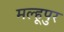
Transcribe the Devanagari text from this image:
मल्हूपुर